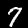
Digit: 7